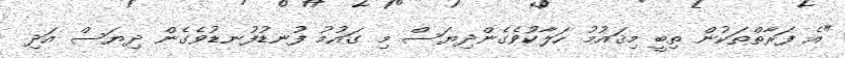
"އެ ފަރާތްތަކުން ތިބީ މިޤައުމު ހަލާކުވެގެންދިޔަސް މި ގައުމު ފުނޑުފުނޑުވެގެން ދިޔަސް އަދި